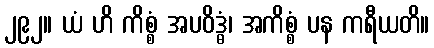
၂၉၂။ ယံ ဟိ ကိစ္စံ အပဝိဒ္ဓံ၊ အကိစ္စံ ပန ကရီယတိ။